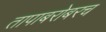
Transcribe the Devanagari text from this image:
तापाबरोबरच